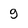
Character: g